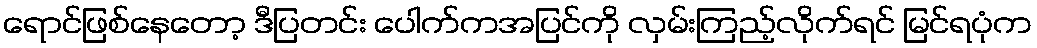
ရောင်ဖြစ်နေတော့ ဒီပြတင်း ပေါက်ကအပြင်ကို လှမ်းကြည့်လိုက်ရင် မြင်ရပုံက